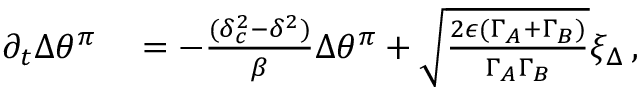
\begin{array} { r l } { \partial _ { t } { \Delta \theta ^ { \pi } } } & { { } = - \frac { ( \delta _ { c } ^ { 2 } - \delta ^ { 2 } ) } { \beta } \Delta \theta ^ { \pi } + \sqrt { \frac { 2 \epsilon ( { \Gamma } _ { A } + { \Gamma } _ { B } ) } { \Gamma _ { A } \Gamma _ { B } } } \xi _ { \Delta } \, , } \end{array}